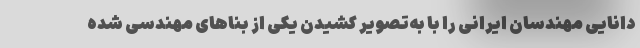
دانایی مهندسان ایرانی را با به‌تصویر کشیدن یکی از بناهای مهندسی شده